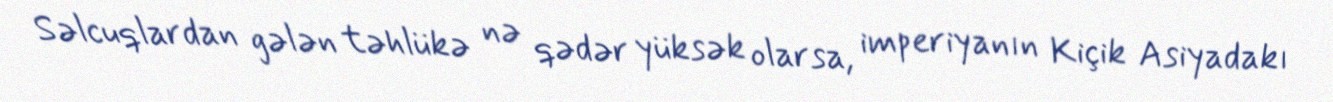
Səlcuqlardan gələn təhlükə nə qədər yüksək olarsa, imperiyanın Kiçik Asiyadakı